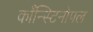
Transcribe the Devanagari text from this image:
काँन्स्टिनोपल